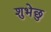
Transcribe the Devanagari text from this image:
शुभेछु